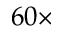
6 0 \times